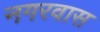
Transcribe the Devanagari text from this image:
नगरवास